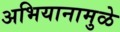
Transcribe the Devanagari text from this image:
अभियानामुळे